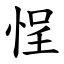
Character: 悜